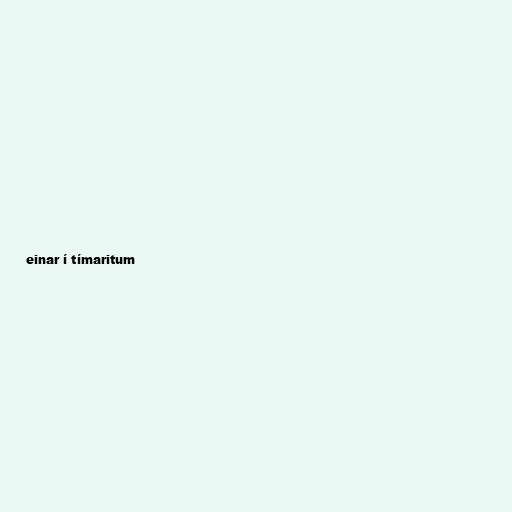
einar í tímaritum